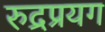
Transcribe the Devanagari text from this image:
रुद्रप्रयग